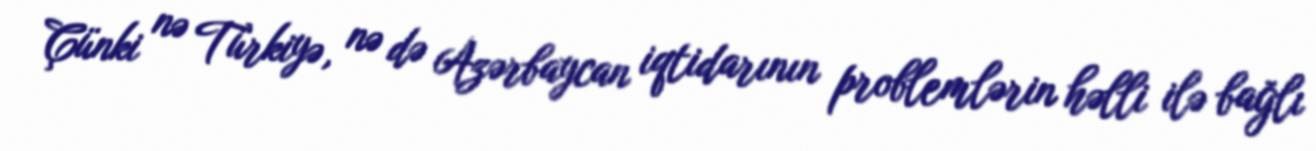
Çünki nə Türkiyə, nə də Azərbaycan iqtidarının problemlərin həlli ilə bağlı